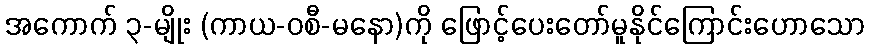
အကောက် ၃-မျိုး (ကာယ-ဝစီ-မနော)ကို ဖြောင့်ပေးတော်မူနိုင်ကြောင်းဟောသော